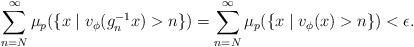
LaTeX: \begin{align*} \sum_{n=N}^{\infty}\mu_{p}(\{x\mid v_{\phi}(g_{n}^{-1}x)>n\})=\sum_{n=N}^{\infty}\mu_{p}(\{x\mid v_{\phi}(x)>n\})<\epsilon.\end{align*}